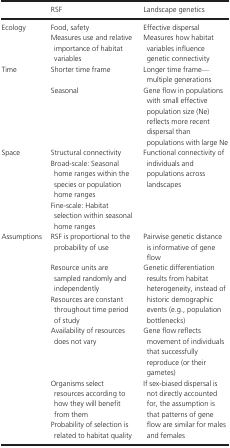
<table><thead><tr><td></td><td><b>RSF</b></td><td><b>Landscape genetics</b></td></tr></thead><tbody><tr><td rowspan="2">Ecology</td><td>Food, safety</td><td>Effective dispersal</td></tr><tr><td>Measures use and relative importance of habitat variables</td><td>Measures how habitat variables influence genetic connectivity</td></tr><tr><td rowspan="2">Time</td><td>Shorter time frame</td><td>Longer time frame—multiple generations</td></tr><tr><td>Seasonal</td><td>Gene flow in populations with small effective population size (Ne) reflects more recent dispersal than populations with large Ne</td></tr><tr><td rowspan="3">Space</td><td>Structural connectivity</td><td rowspan="3">Functional connectivity of individuals and populations across landscapes</td></tr><tr><td>Broad‐scale: Seasonal home ranges within the species or population home ranges</td></tr><tr><td>Fine‐scale: Habitat selection within seasonal home ranges</td></tr><tr><td rowspan="6">Assumptions</td><td>RSF is proportional to the probability of use</td><td>Pairwise genetic distance is informative of gene flow</td></tr><tr><td>Resource units are sampled randomly and independently</td><td rowspan="2">Genetic differentiation results from habitat heterogeneity, instead of historic demographic events (e.g., population bottlenecks)</td></tr><tr><td>Resources are constant throughout time period of study</td></tr><tr><td>Availability of resources does not vary</td><td>Gene flow reflects movement of individuals that successfully reproduce (or their gametes)</td></tr><tr><td>Organisms select resources according to how they will benefit from them</td><td rowspan="2">If sex‐biased dispersal is not directly accounted for, the assumption is that patterns of gene flow are similar for males and females</td></tr><tr><td>Probability of selection is related to habitat quality</td></tr></tbody></table>